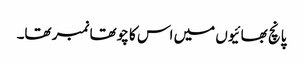
پانچ بھائیوں میں اس کا چوتھا نمبر تھا۔